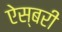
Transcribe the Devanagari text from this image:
ऐस्बरी